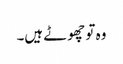
وہ تو چھوٹے ہیں۔